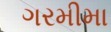
ગરમીમા